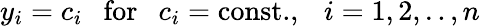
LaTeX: y_{i}=c_{i}\ \ \ \mathrm{for}\ \ \ c_{i}=\mathrm{const.},\ \ \ i=1,2,..,n